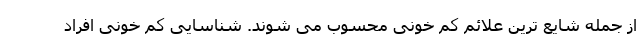
از جمله شایع ترین علائم کم خونی محسوب می شوند. شناسایی کم خونی افراد